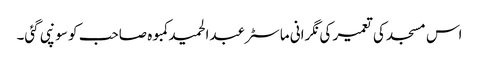
اس مسجد کی تعمیر کی نگرانی ماسٹر عبدالحمید کمبوہ صاحب کو سونپی گئی۔